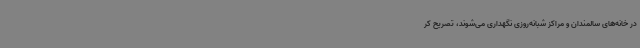
در خانه‌های سالمندان و مراکز شبانه‌روزی نگهداری می‌شوند، تصریح کر